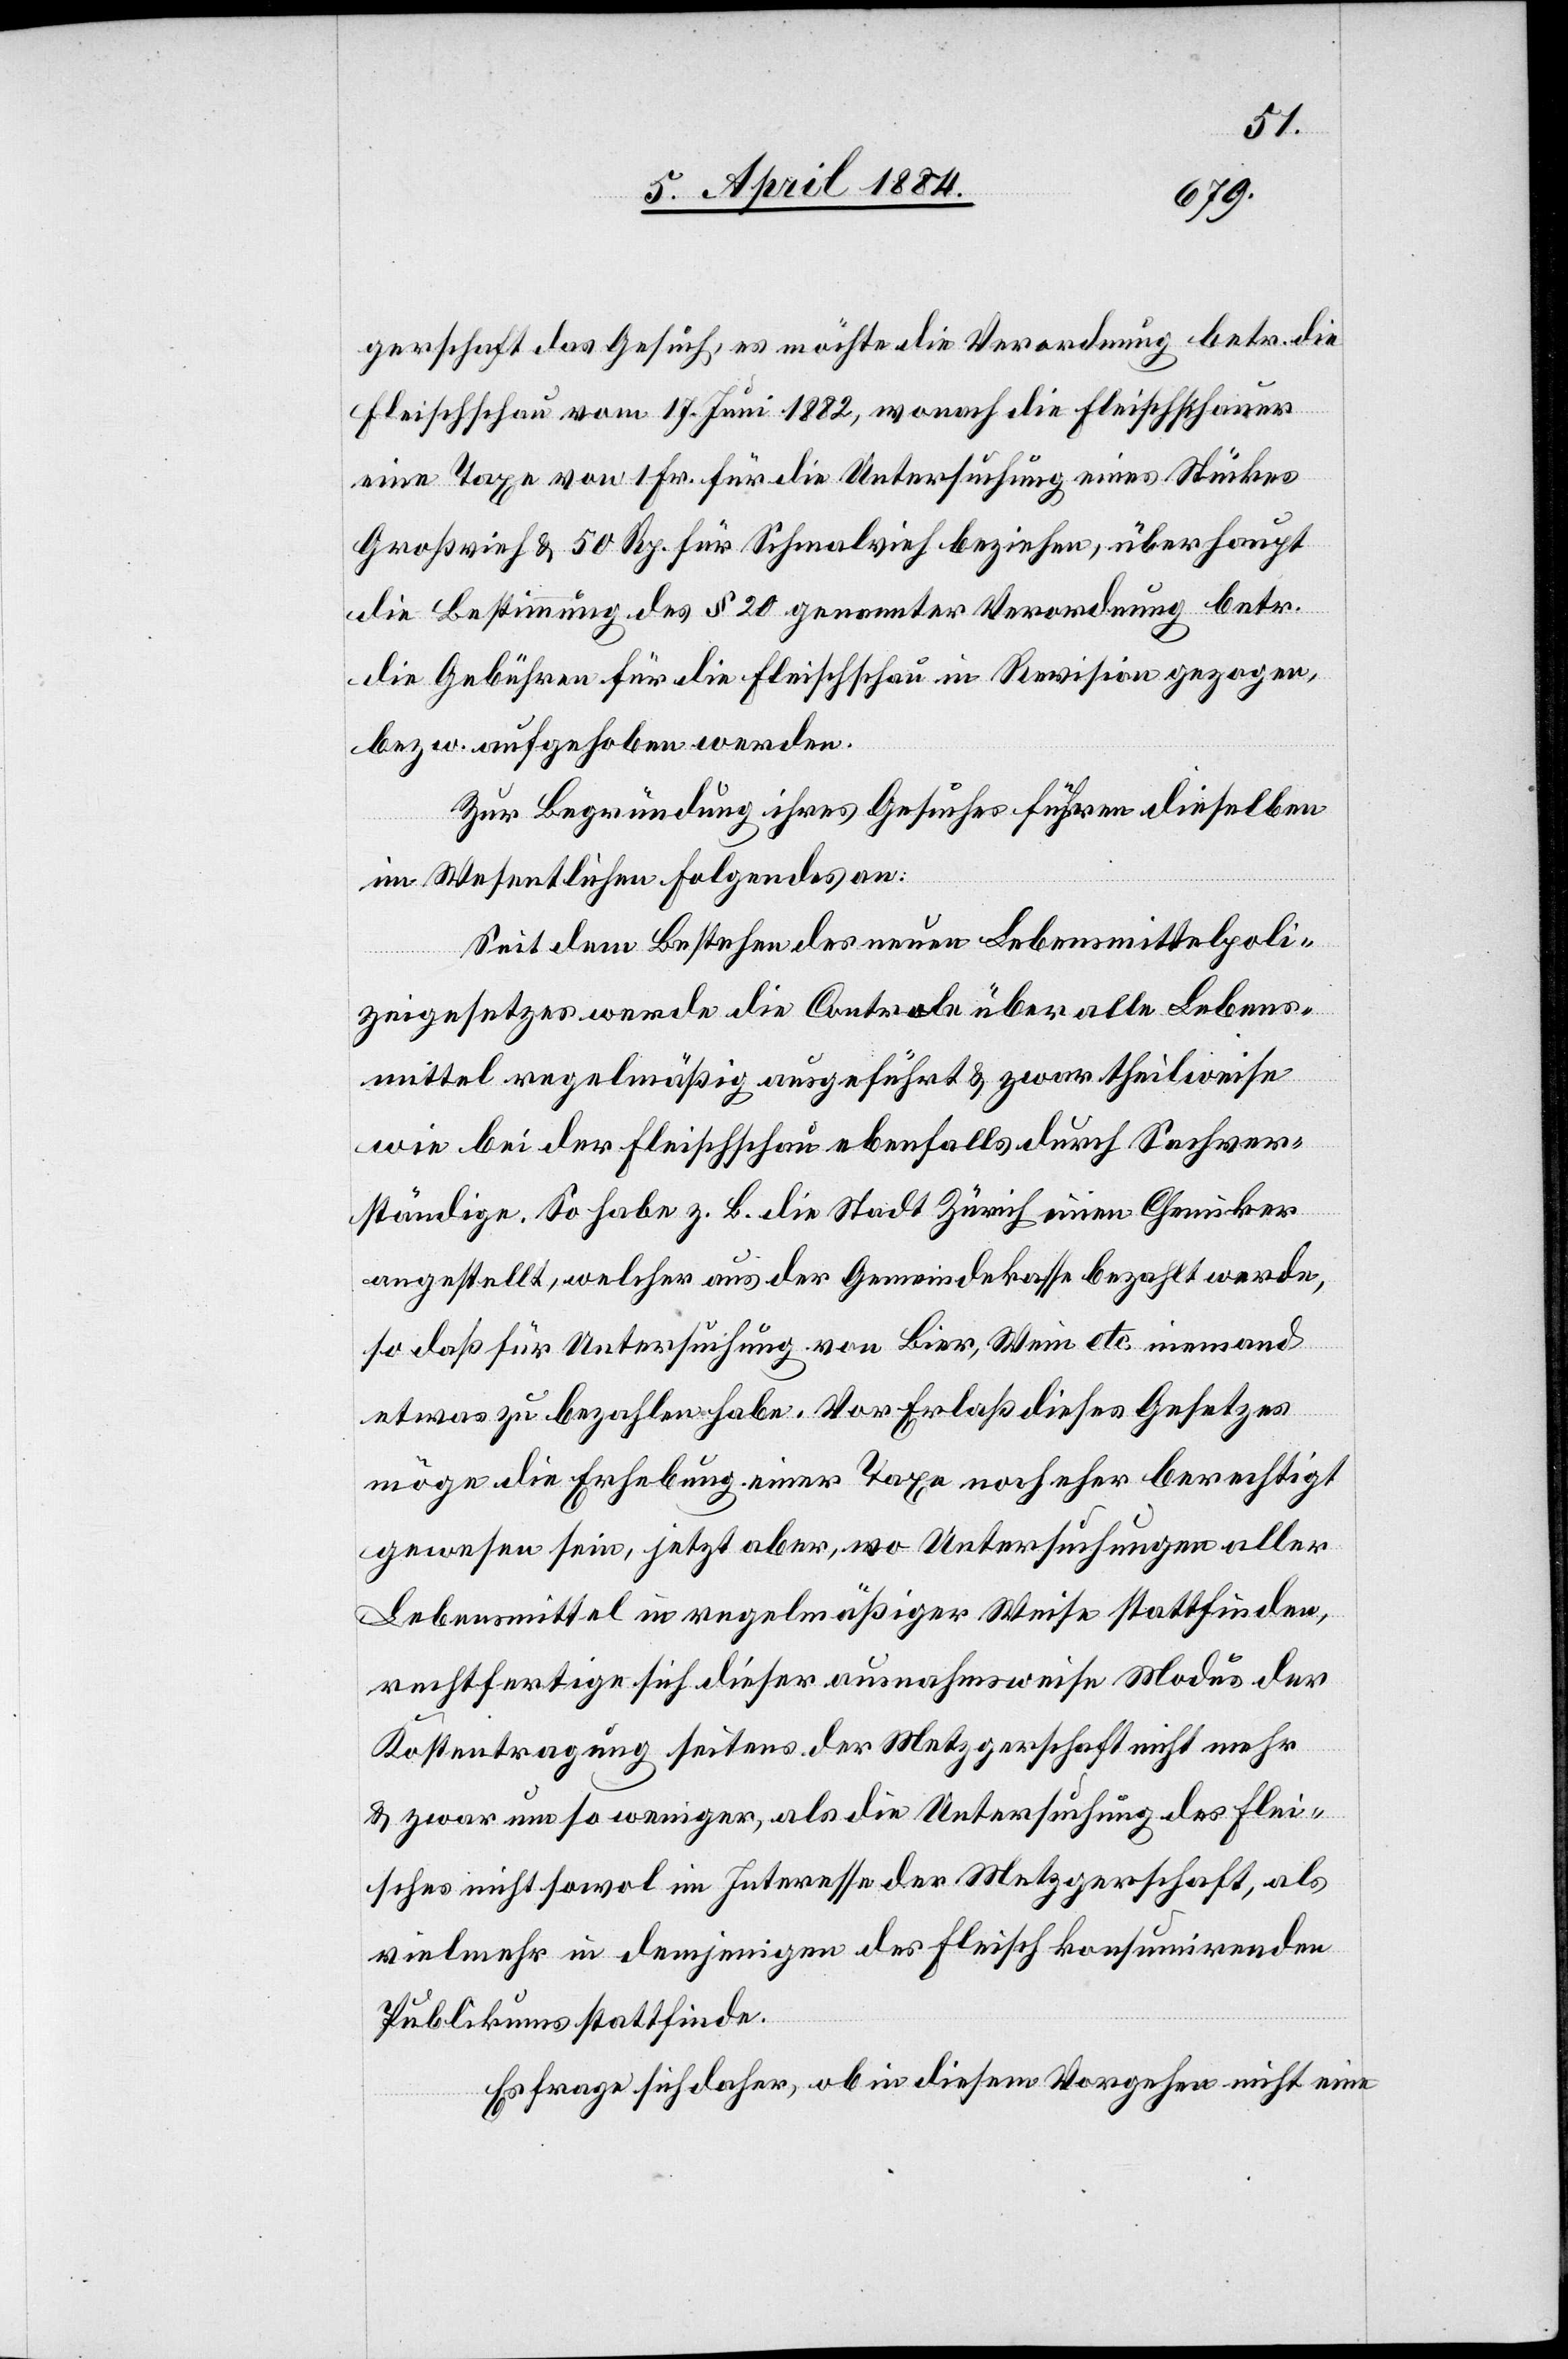
gerschaft das Gesuch, es möchte die Verordnung betr. die
Fleischschau vom 17. Juni 1882, wonach die Fleischschauer
eine Taxe von 1 Fr. für die Untersuchung eines Stückes
Großvieh & 50 Rp. für Schmalvieh beziehen, überhaupt
die Bestimmung des § 20 genannter Verordnung betr.
die Gebühren für die Fleischschau in Revision gezogen
bezw. aufgehoben werden.
Zur Begründung ihres Gesuches führen dieselben
im Wesentlichen folgendes an:
Seit dem Bestehen des neuen Lebensmittelpoli¬
zeigesetzes werde die Controle über alle Lebens¬
mittel regelmäßig ausgeführt & zwar theilweise
wie bei der Fleischschau ebenfalls durch Sachver¬
ständige. So habe z. B. die Stadt Zürich einen Chemiker
angestellt, welcher aus der Gemeindekasse bezahlt werde,
so daß für Untersuchung von Bier, Wein etc. niemand
etwas zu bezahlen habe. Vor Erlaß dieses Gesetzes
möge die Erhebung einer Taxe noch eher berechtigt
gewesen sein, jetzt aber, wo Untersuchungen aller
Lebensmittel in regelmäßiger Weise stattfinden,
rechtfertige sich dieser ausnahmsweise Modus der
Kostentragung seitens der Metzgerschaft nicht mehr
& zwar um so weniger, als die Untersuchung des Flei¬
sches nicht sowol im Interesse der Metzgergesellschaft, als
vielmehr in demjenigen der fleischkonsumierenden
Publikums stattfinde.
Es frage sich daher, ob in diesem Vorgehen nicht eine